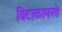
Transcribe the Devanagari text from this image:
विटाळापरते